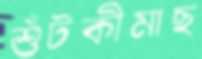
শুঁটকীমাছ